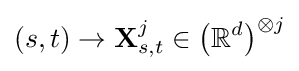
(s,t)\rightarrow \mathbf {X} _{s,t}^{j}\in {\big (}\mathbb {R} ^{d}{\big )}^{\otimes j}